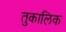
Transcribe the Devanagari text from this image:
तुकालिक